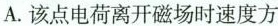
A.该点电荷离开磁场时速度方